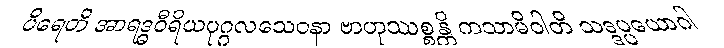
ပိရေတိ အာရဒ္ဓဝီရိယပုဂ္ဂလသေဝနာ ဗာဟုဿစ္စန္တိ ကသာမိဝါတိ သဒ္ဒပ္ပယောဂါ